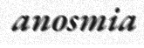
anosmia